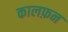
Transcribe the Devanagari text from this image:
कालफ़न